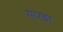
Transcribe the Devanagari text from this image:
यारडा